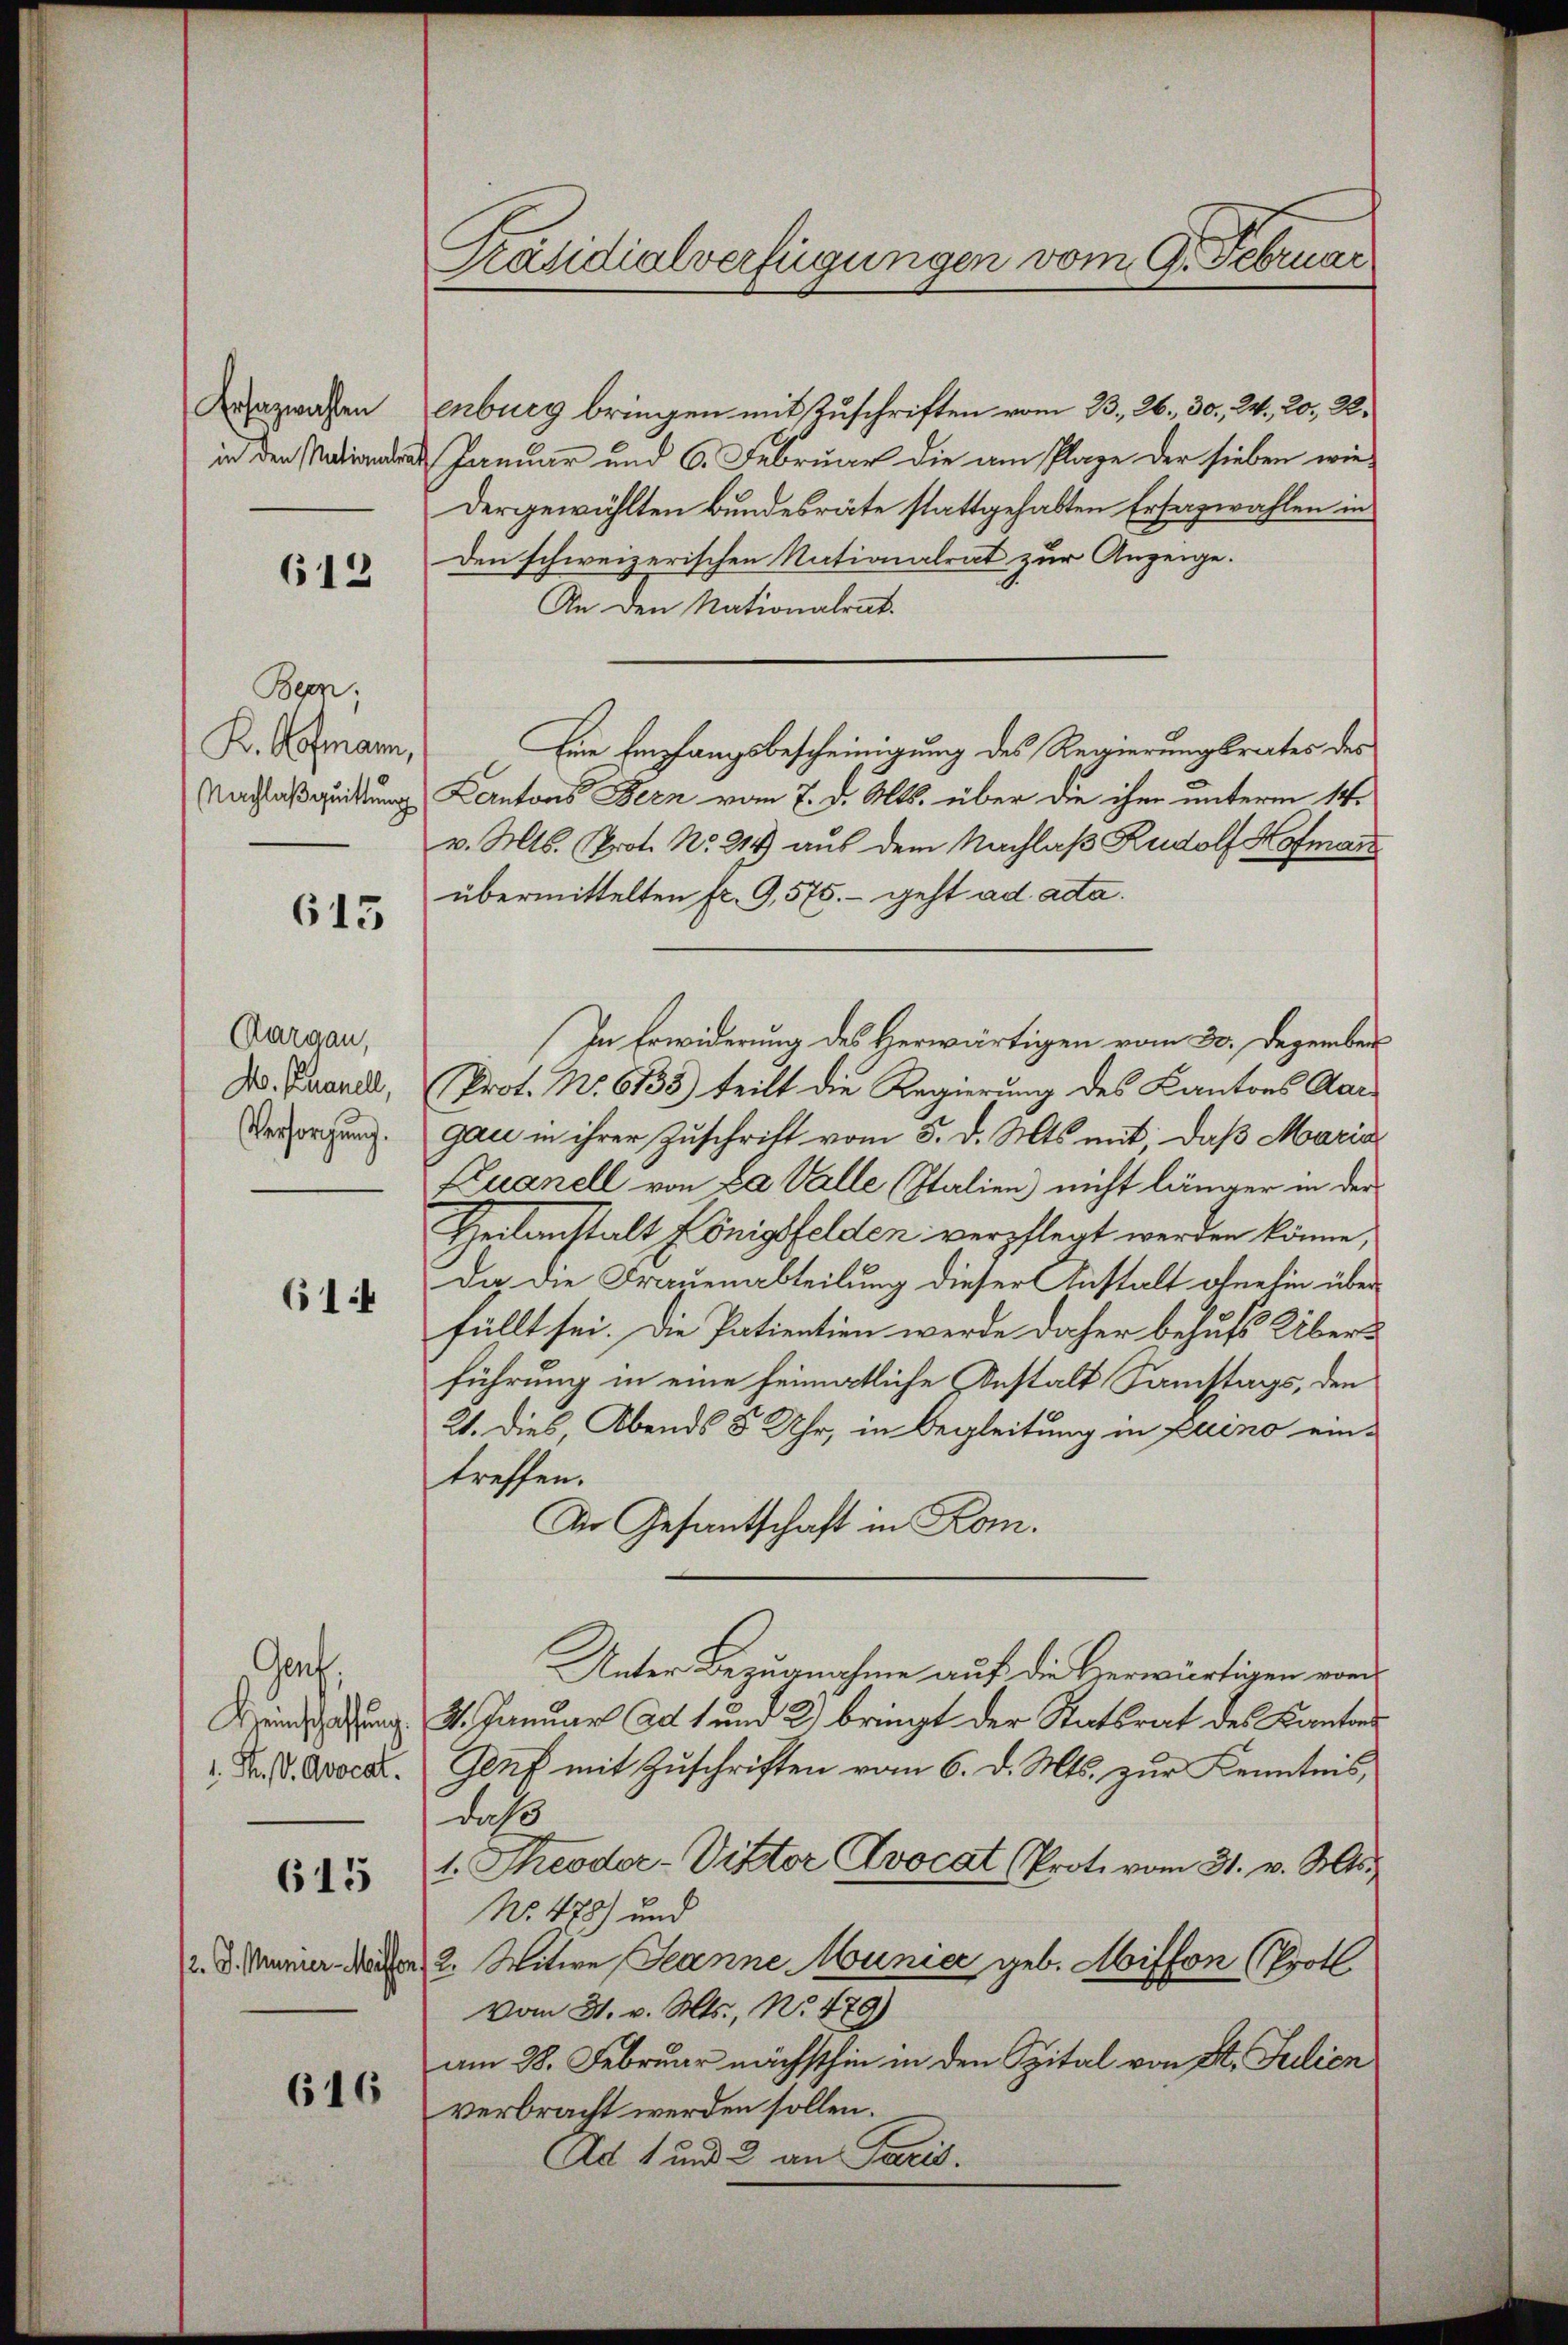
Ersatzwahlen
in den Nationalen

612

Bern.
K. Hofmann,
Nachlaßquittung

615

Aargau,
Mo. Phanell,
Versorgung.

614

Gorf,
Heinschaffung
1. P. V. Avocat.

615

2. d. Munier Mill

616

Präsidialverfügungen vom 9. Februar

enburg bringen mit Zuschriften vom 23. 26. 30. 24, 20, 22.
 Januar und 6. Februar die am Plage der sieben wie-
Dergewählten Bundesräte stattgehabten Ersazwahlen in
den schweizerischen Nationalrat zur Anzeige.
An den Nationalrat.
Eine Empfangsbescheinigung des Regierungsrates des
Kantons Bern vom 7. d. Mts. über die ihm unterm 14.
v. Mts. Prot. No. 2149) auf dem Nachlaß Rudolf Hofmann
übermittelten fr. 9,575. - geht ad ada.
In Erwiderung des Herwärtigen vom 30. Dezember
Prot. No. 6135) teilt die Regierung des Kantons Aargau in ihrer Zuschrift vom 5. d. Mts. mit daß Maria
Kuanell von Da Valle (Italien nicht länger in der
Theilanstalt Königsfelden verpflegt werden könne,
Da die Frauenabteilung dieser Anstalt ohnehin über
füllt sei. Die Patientien werde daher behufs Überführung in eine heimatliche Anstalt Samstags, den
21. dies, Abends 8 Uhr, in Begleitung in Luino eintreffen.
Die Gesantschaft in Rom.
Unter Bezugnahme auf die Verwärtigen vor
4. Januar ad 1 und 2) bringt der Statsrat des Kantons
Genf mit Zuschriften vom 6. d. Mts. zur Kenntnis
daß
1. Theodor-Viktor Dvocat (Prote vom 31. v. Mts.
No. 478) und
2. Witwe Jeanne Munici geb. Misson (Prot
vom 31. v. Mts., No 479)
am 28. Februar nächsthin in den Spital von St. Julien
verbracht werden sollen.
Ad 1 und 2 an Paris.